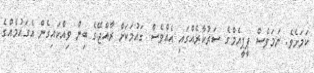
ކަމަށެވެ. ނަމަވެސް ޕީޕީއެމްގެ ސަރުކާރެއްގައި އެއްވެސް ގައުމަކަށް ރާއްޖޭގެ ބިން ވިއްކައިގެން އެގައުމެއްގެ